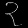
Digit: ၃